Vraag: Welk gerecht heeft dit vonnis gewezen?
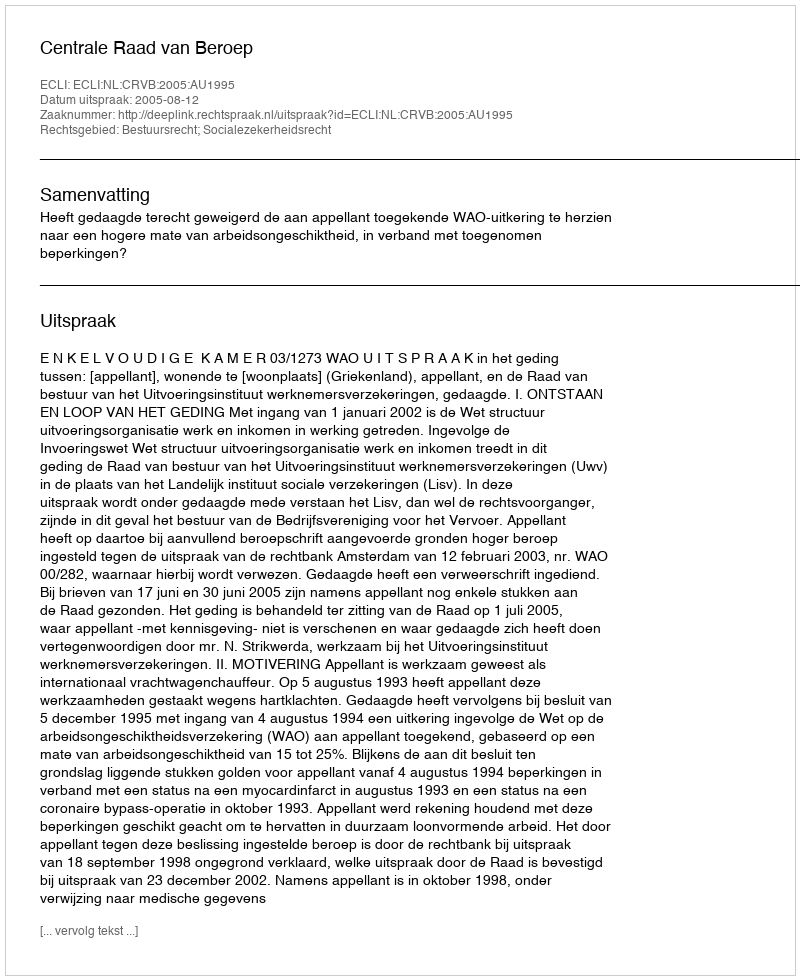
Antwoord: Centrale Raad van Beroep